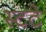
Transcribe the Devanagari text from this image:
स्टटे